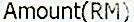
AMOUNT(RM)